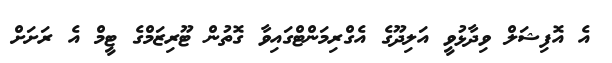
އެ އޮފިޝަލް ވިދާޅުވީ އަލިދޫގެ އެގްރިމަންޓްގައިވާ ގޮތުން ޓޫރިޒަމްގެ ޓީމް އެ ރަށަށް